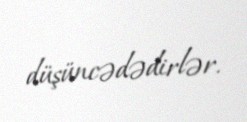
düşüncədədirlər.